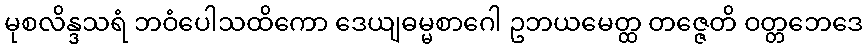
မုစလိန္ဒသရံ ဘဝံပေါသထိကော ဒေယျဓမ္မစာဂေါ ဥဘယမေတ္ထ တဇ္ဇေတိ ဝတ္တဘေဒေ